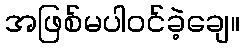
အဖြစ်မပါဝင်ခဲ့ချေ။